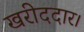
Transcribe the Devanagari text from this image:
खरीददार।